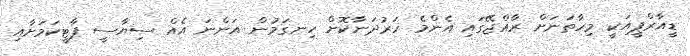
ޑީއާރްޕީއަކީ މިހާތަނަށް ރާއްޖޭގައި އެންމެ ހަރުދަނާކޮށް ހިނގަމުން އަންނަ އެއް ސިޔާސީ ޕާޓީކަމަށާއި